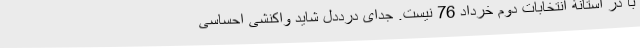
با در آستانۀ انتخابات دوم خرداد 76 نیست. جدای درددل شاید واکنشی احساسی